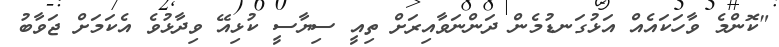
"ކޮންމެ ވާހަކައެއް އަޅުގަނޑުމެން ދަންނަވާއިރަށް ތިއީ ސިޔާސީ ކުޅިއޭ ވިދާޅުވެ އެކަމަށް ޖަވާބު